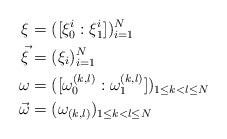
LaTeX: \begin{align*}\xi &= ([\xi_0^i: \xi_1^i])_{i=1}^N\\\vec{\xi} &= (\xi_i)_{i=1}^N\\\omega &= ([\omega_0^{(k,l)} : \omega_1^{(k,l)}])_{1 \leq k<l\leq N} \\\vec{\omega} &= (\omega_{(k,l)})_{1 \leq k<l\leq N}\end{align*}